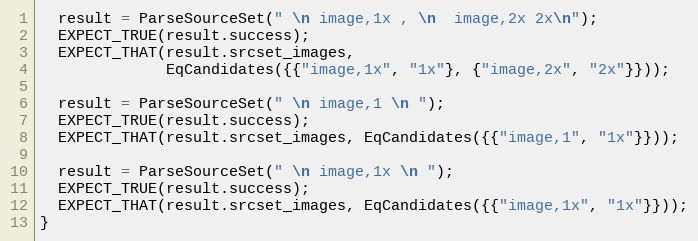
Language: C++
  result = ParseSourceSet(" \n image,1x , \n  image,2x 2x\n");
  EXPECT_TRUE(result.success);
  EXPECT_THAT(result.srcset_images,
              EqCandidates({{"image,1x", "1x"}, {"image,2x", "2x"}}));

  result = ParseSourceSet(" \n image,1 \n ");
  EXPECT_TRUE(result.success);
  EXPECT_THAT(result.srcset_images, EqCandidates({{"image,1", "1x"}}));

  result = ParseSourceSet(" \n image,1x \n ");
  EXPECT_TRUE(result.success);
  EXPECT_THAT(result.srcset_images, EqCandidates({{"image,1x", "1x"}}));
}